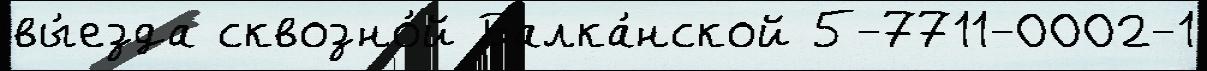
вы́езда сквозно́й Балка́нской 5-7711-0002-1